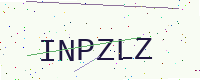
Text: INPZLZ